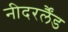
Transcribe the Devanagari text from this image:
नीदरर्लैंड